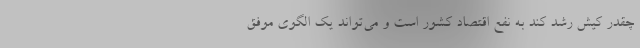
چقدر کیش رشد کند به نفع اقتصاد کشور است و می‌تواند یک الگوی موفق